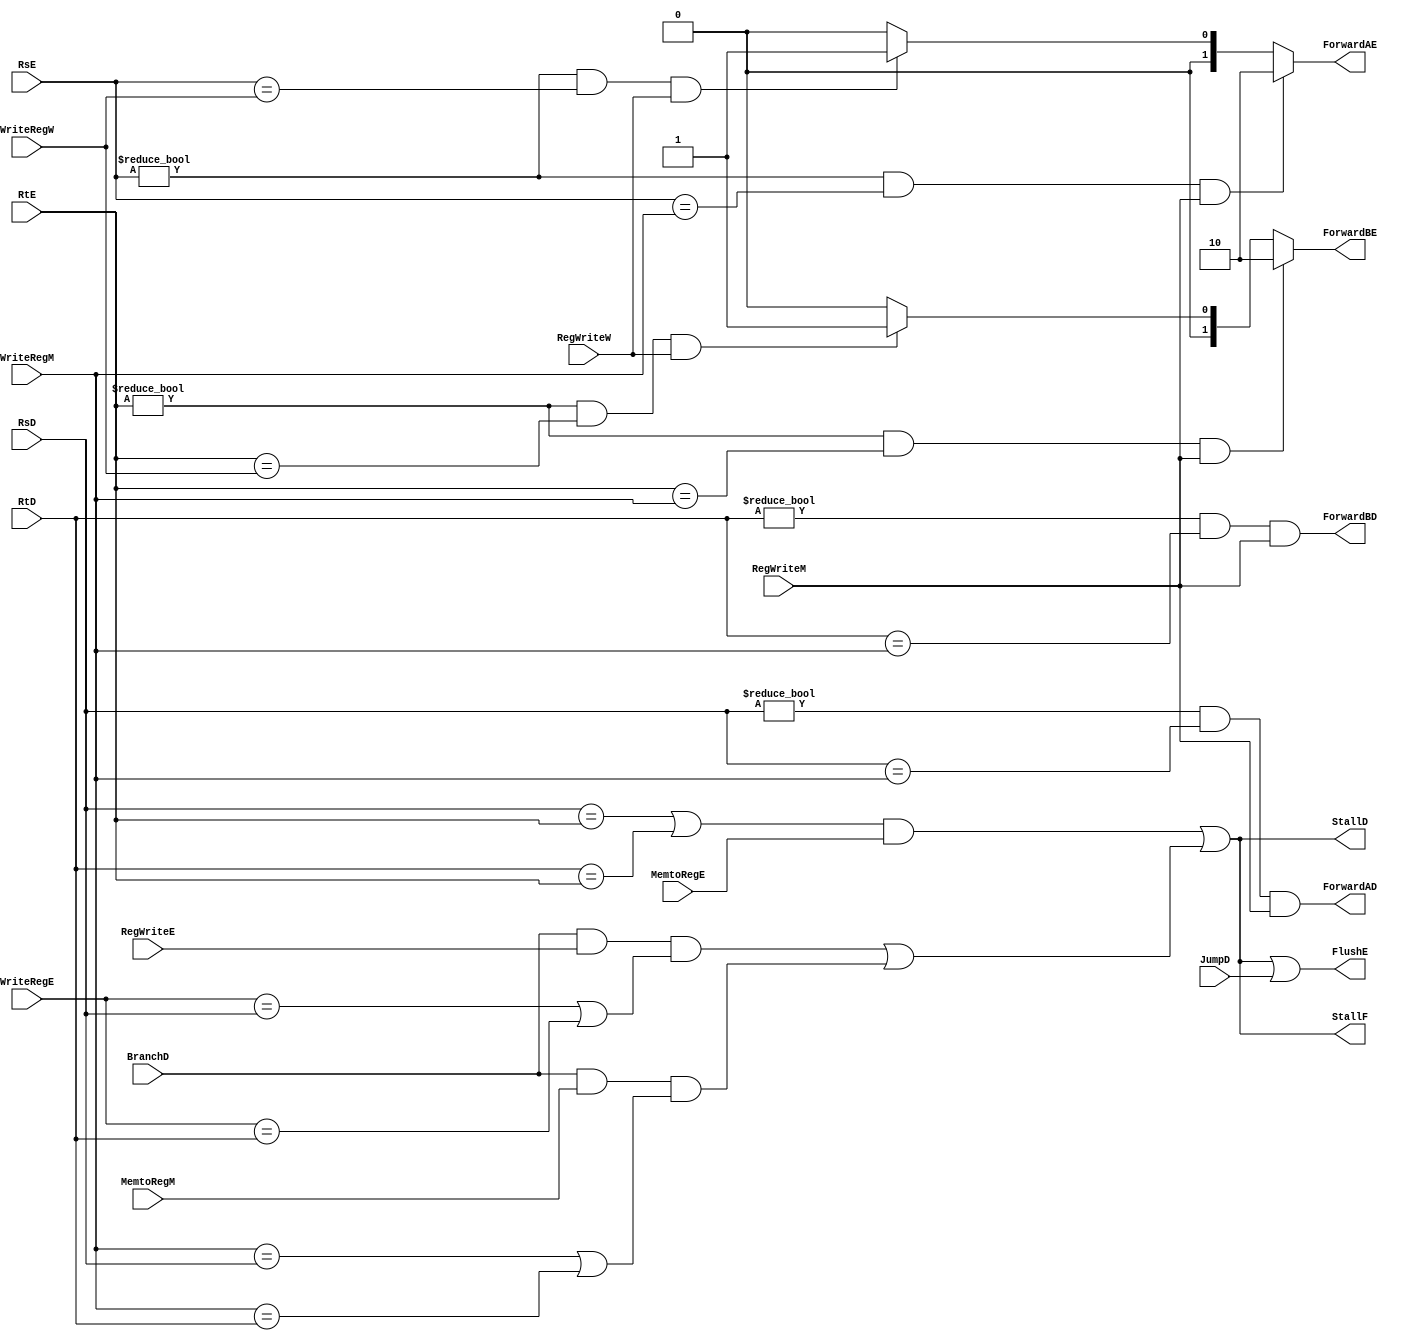
module Hazard_Unit
    (
        input wire RegWriteM, RegWriteW, MemtoRegE, BranchD, RegWriteE, MemtoRegM, JumpD,
        input wire [4:0] RsE, RtE, RsD, RtD, WriteRegM, WriteRegW, WriteRegE,
        output reg [1:0] ForwardAE, ForwardBE,
        output wire ForwardAD, ForwardBD,
        output wire FlushE, StallD, StallF
    );

wire lwstall;
wire branchstall;

always @(*) 
begin
    if ((RsE != 5'b0) && (RsE == WriteRegM) && RegWriteM) 
    begin
        ForwardAE = 2'b10;
    end
    else if ((RsE != 5'b0) && (RsE == WriteRegW) && RegWriteW)
    begin 
        ForwardAE = 2'b01;
    end
    else
    begin 
        ForwardAE = 2'b00;
    end
end

always @(*) 
begin
    if ((RtE != 5'b0) && (RtE == WriteRegM) && RegWriteM) 
    begin
        ForwardBE = 2'b10;
    end
    else if ((RtE != 5'b0) && (RtE == WriteRegW) && RegWriteW) 
    begin
        ForwardBE = 2'b01;
    end
    else 
    begin
        ForwardBE = 2'b00;
    end
end

assign lwstall = ((RsD == RtE) || (RtD == RtE)) && MemtoRegE;
assign branchstall = (BranchD && RegWriteE && ((WriteRegE == RsD) || (WriteRegE == RtD))) || (BranchD && MemtoRegM && ((WriteRegM == RsD) || (WriteRegM == RtD)));

assign ForwardAD = (RsD != 5'b0) && (RsD == WriteRegM) && RegWriteM;
assign ForwardBD = (RtD != 5'b0) && (RtD == WriteRegM) && RegWriteM;

assign StallF = lwstall || branchstall;
assign StallD = lwstall || branchstall;
assign FlushE = lwstall || branchstall || JumpD;
endmodule